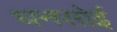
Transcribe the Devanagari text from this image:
धनसोई